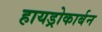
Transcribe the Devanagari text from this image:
हायड्रोकार्बन